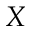
X